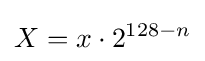
X=x\cdot 2^{128-n}